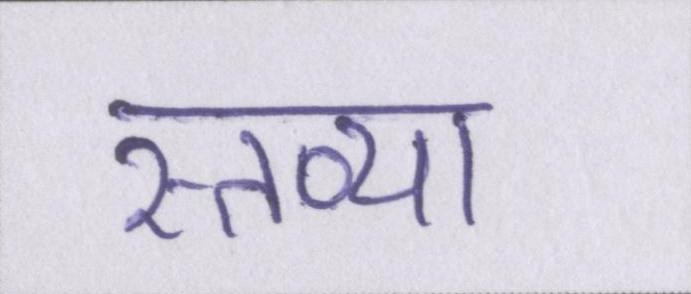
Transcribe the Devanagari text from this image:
स्तव्या